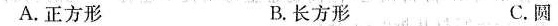
A.正方形 B.长方形 C.圆